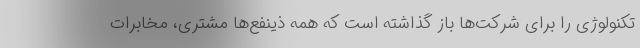
تکنولوژی را برای شرکت‌ها باز گذاشته است که همه ذینفع‌ها مشتری، مخابرات